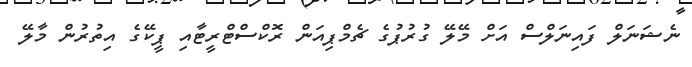
ނެޝަނަލް ފައިނަލްސް އަށް މޭލޭ ގުރުޕުގެ ޗެމްޕިއަން ރޮކްސްޓްރީޓާއި ޕީކޭގެ އިތުރުން މާލޭ